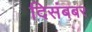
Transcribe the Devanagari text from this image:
दिसंबबर